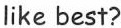
like best?